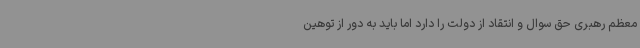
معظم رهبری حق سوال و انتقاد از دولت را دارد اما باید به دور از توهین